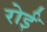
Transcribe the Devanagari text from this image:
रोईं